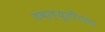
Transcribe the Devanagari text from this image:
डब्ल्यूडीएम२